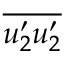
\overline { { u _ { 2 } ^ { \prime } u _ { 2 } ^ { \prime } } }